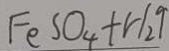
F e S O _ { 4 } + H _ { 2 } \uparrow